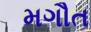
મગૌત